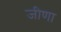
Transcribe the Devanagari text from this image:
जीणा